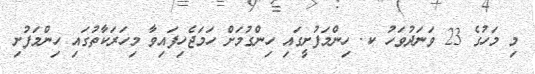
މި މަހުގެ 23 ވަނަދުވަހު ކ. ހިންމަފުށީގައި ހިންގުމަށް ހަމަޖެހިފައިވާ މިހަރަކާތުގައި ހިންމަފުށި